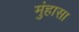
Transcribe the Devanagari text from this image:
मुंहासा